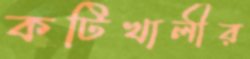
কটিখালীর